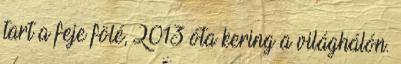
tart a feje fölé, 2013 óta kering a világhálón.